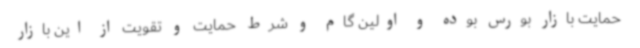
حمایت بازار بورس بوده و اولین گام و شرط حمایت و تقویت از این بازار